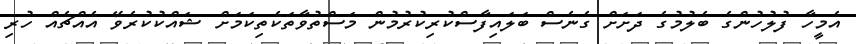
އެމީހާ ފުލުހުންގެ ބެލުމުގެ ދަށަށް ގެނެސް ބަލައިފާސްކުރިކުރުމުން މަސްތުވާތަކެތިކަމަށް ޝައްކުކުރެވޭ އެއްޗެއް ހުރި